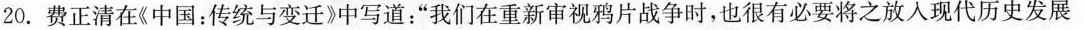
20.费正清在《中国：传统与变迁》中写道：”我们在重新审视鸦片战争时，也很有必要将之放入现代历史发展